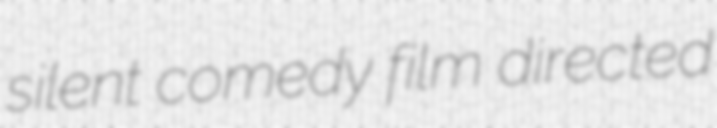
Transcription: silent comedy film directed